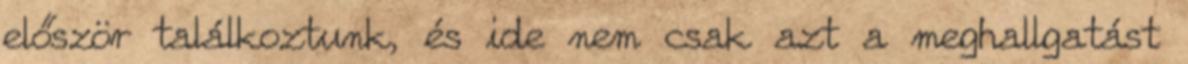
először találkoztunk, és ide nem csak azt a meghallgatást